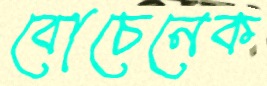
বোচেনেক